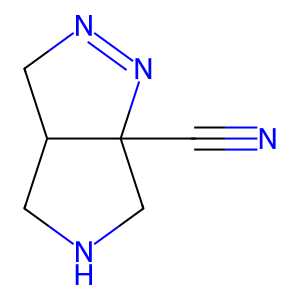
SMILES: N#CC12CNCC1CN=N2
Inhibits HIV replication: No